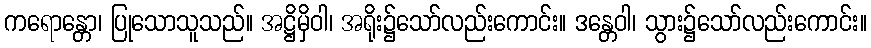
ကရောန္တော၊ ပြုသောသူသည်။ အဋ္ဌိမှိဝါ၊ အရိုး၌သော်လည်းကောင်း။ ဒန္တေဝါ၊ သွား၌သော်လည်းကောင်း။